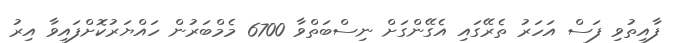
ފާއިތުވި ފަސް އަހަރު ތެރޭގައި އެގޭންގަށް ނިސްބަތްވާ 6700 މެމްބަރުން ހައްޔަރުކޮށްފައިވާ އިރު